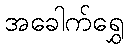
အခေါက်ရွှေ